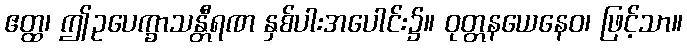
ဧတ္ထ၊ ဤဥပေက္ခာသန္တီရဏ နှစ်ပါးအပေါင်း၌။ ဝုတ္တနယေနေဝ၊ ဖြင့်သာ။